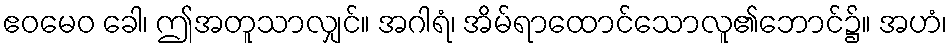
ဧဝမေဝ ခေါ၊ ဤအတူသာလျှင်။ အဂါရံ၊ အိမ်ရာထောင်သောလူ၏ဘောင်၌။ အဟံ၊